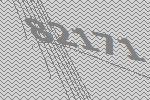
82171